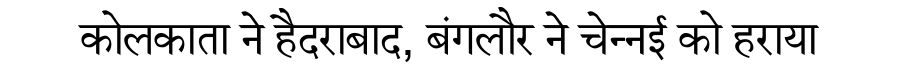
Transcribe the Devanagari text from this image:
कोलकाता ने हैदराबाद, बंगलौर ने चेन्नई को हराया